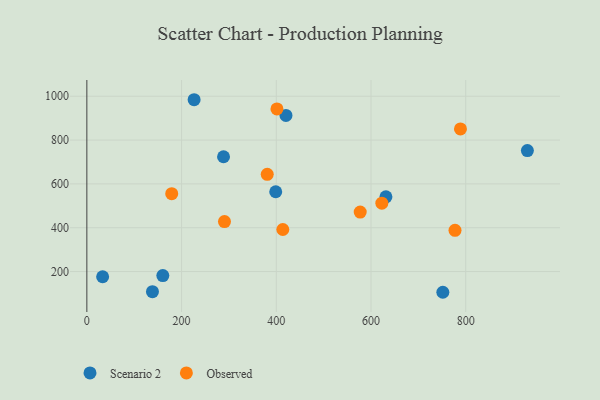
{"axis": {"x": "Study Hours", "y": "Demand"}, "legend": ["Observed", "Scenario 2"], "data": [{"x": "751.7", "y": 105.5, "type": "Scenario 2"}, {"x": "33.3", "y": 176.4, "type": "Scenario 2"}, {"x": "226.5", "y": 984.1, "type": "Scenario 2"}, {"x": "631.5", "y": 540.9, "type": "Scenario 2"}, {"x": "138.5", "y": 108.3, "type": "Scenario 2"}, {"x": "398.8", "y": 564.2, "type": "Scenario 2"}, {"x": "288.6", "y": 724.0, "type": "Scenario 2"}, {"x": "930.2", "y": 752.0, "type": "Scenario 2"}, {"x": "160.4", "y": 181.8, "type": "Scenario 2"}, {"x": "420.4", "y": 912.4, "type": "Scenario 2"}, {"x": "401.4", "y": 942.1, "type": "Observed"}, {"x": "777.4", "y": 388.4, "type": "Observed"}, {"x": "577.2", "y": 471.4, "type": "Observed"}, {"x": "380.9", "y": 643.5, "type": "Observed"}, {"x": "179.2", "y": 555.5, "type": "Observed"}, {"x": "788.9", "y": 850.8, "type": "Observed"}, {"x": "290.6", "y": 428.3, "type": "Observed"}, {"x": "622.9", "y": 512.1, "type": "Observed"}, {"x": "413.8", "y": 391.9, "type": "Observed"}]}